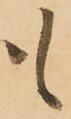
も